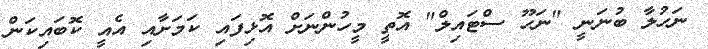
ނަހުލާ ބުނަނީ "ނަހޫ ސްޓައިލް" އޮތީ މީހުންނަށް އޮޅިފައި ކަމަށާއި އެއީ ކޮބައިކަން